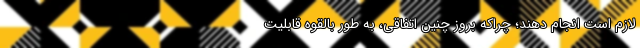
لازم است انجام دهند؛ چراکه بروز چنین اتفاقی، به طور بالقوه قابلیت